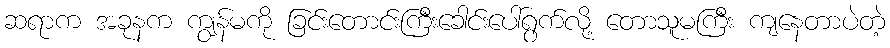
ဆရာက အခုနက ကျွန်မကို ခြင်းတောင်းကြီးခေါင်းပေါ်ရွက်လို့ တောသူမကြီး ကျနေတာပဲတဲ့